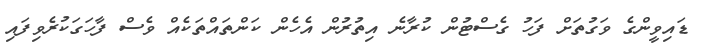
ޑައިވީންގެ ވަގުތަށް ފަހު ގެސްޓުން ކުރާނެ އިތުރުން އެހެން ކަންތައްތަކެއް ވެސް ފާހަގަކުރެވިފައި